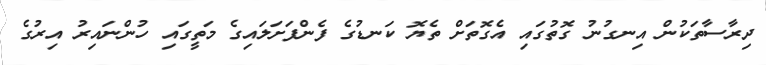
ދިރާސާތަކުން އިނގުނު ގޮތުގައި އެގޮތަށް ތެޔޮ ކަނޑުގެ ފެންފަށަލައިގެ މަތީގައި ހުންނައިރު އިރުގެ